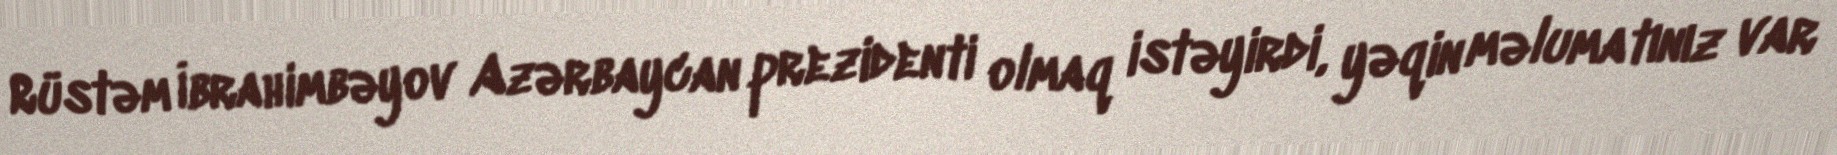
Rüstəm İbrahimbəyov Azərbaycan prezidenti olmaq istəyirdi, yəqin məlumatınız var